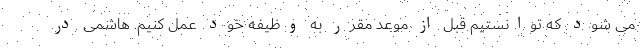
می شود که توانستیم قبل از موعد مقرر به وظیفه خود عمل کنیم. هاشمی در